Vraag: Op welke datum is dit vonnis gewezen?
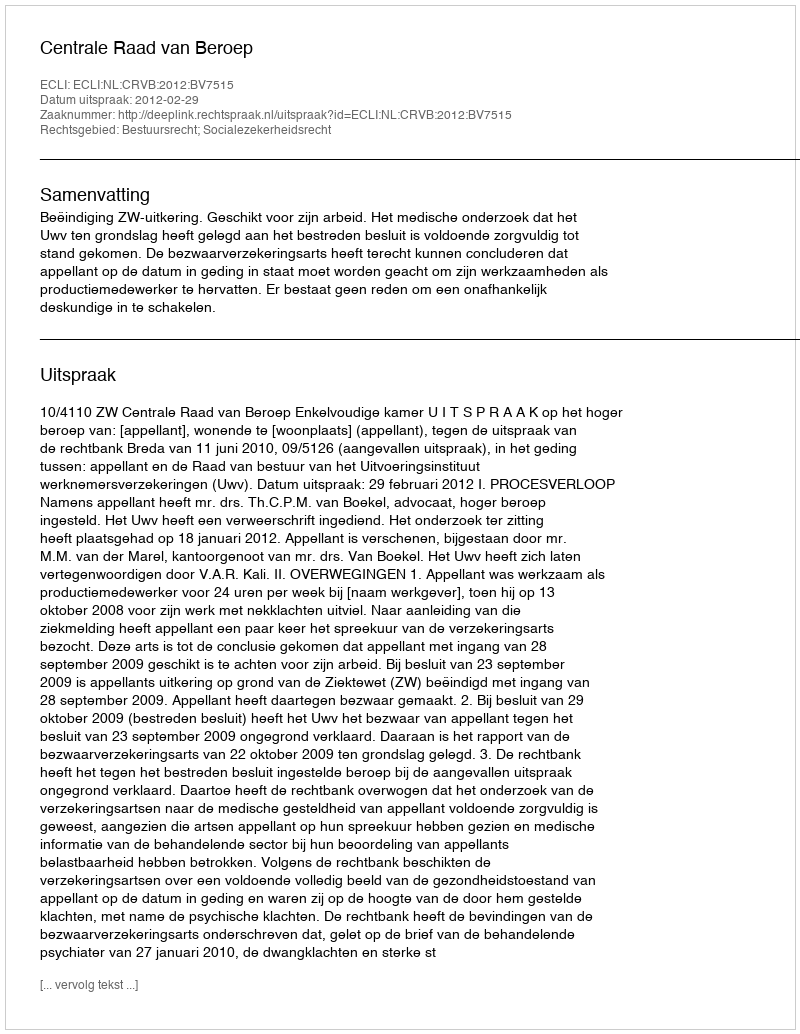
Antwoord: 2012-02-29